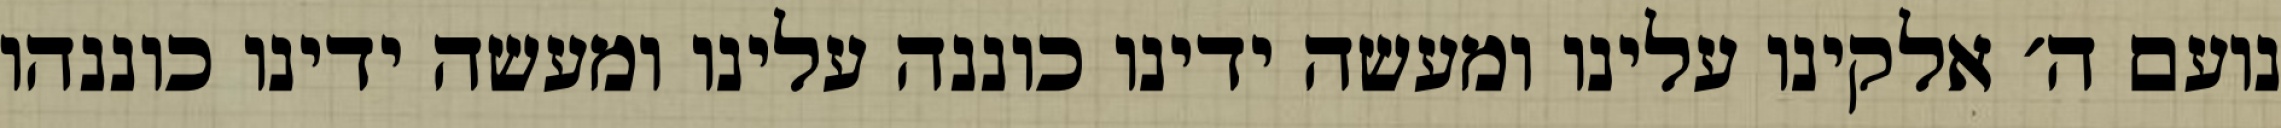
נועם ה׳ אלקינו עלינו ומעשה ידינו כוננה עלינו ומעשה ידינו כוננהו